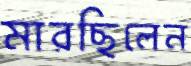
মারছিলেন